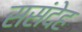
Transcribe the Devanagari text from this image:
ससंदेह